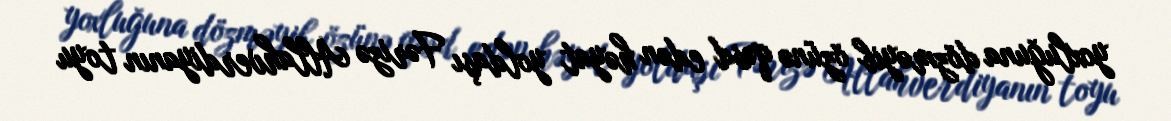
yoxluğuna dözməyib özünə qəsd edən həyat yoldaşı Fərizə Allahverdiyanın toyu